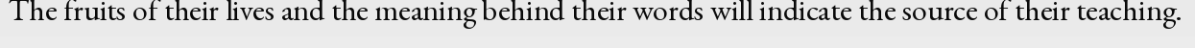
The fruits of their lives and the meaning behind their words will indicate the source of their teaching.